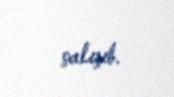
çalışıb.